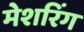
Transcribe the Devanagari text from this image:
मेशरिंग